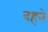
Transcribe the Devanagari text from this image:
दहने